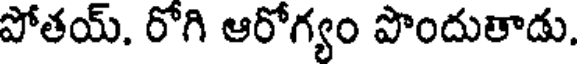
పోతయ్. రోగి ఆరోగ్యం పొందుతాడు.